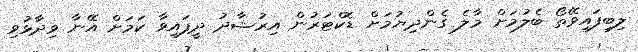
ލިބިފައިވޭތޯ ބެލުމަށް މާލެ ގެންދިޔުމަށް ޑޮކްޓަރުން އިރުޝާދު ދީފައިވާ ކަމަށް އޭނާ ވިދާޅުވި